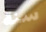
سنة